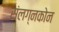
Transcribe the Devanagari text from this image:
संलग्नकोन